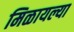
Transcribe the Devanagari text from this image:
मिळायल्या